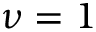
\nu = 1